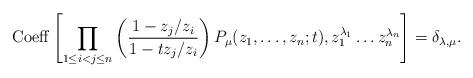
LaTeX: \begin{align*}{\rm Coeff}\left[\prod_{1 \leq i<j \leq n}\left(\frac{1-z_j/z_i}{1- t z_j/z_i}\right)P_{\mu}(z_1,\dots,z_n;t),z_1^{\lambda_1} \dots z_n^{\lambda_n}\right]=\delta_{\lambda,\mu}.\end{align*}